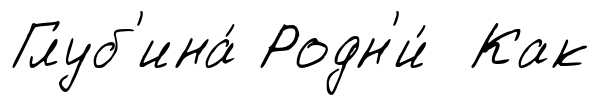
Глуб'ина́ Родн'и́ Как